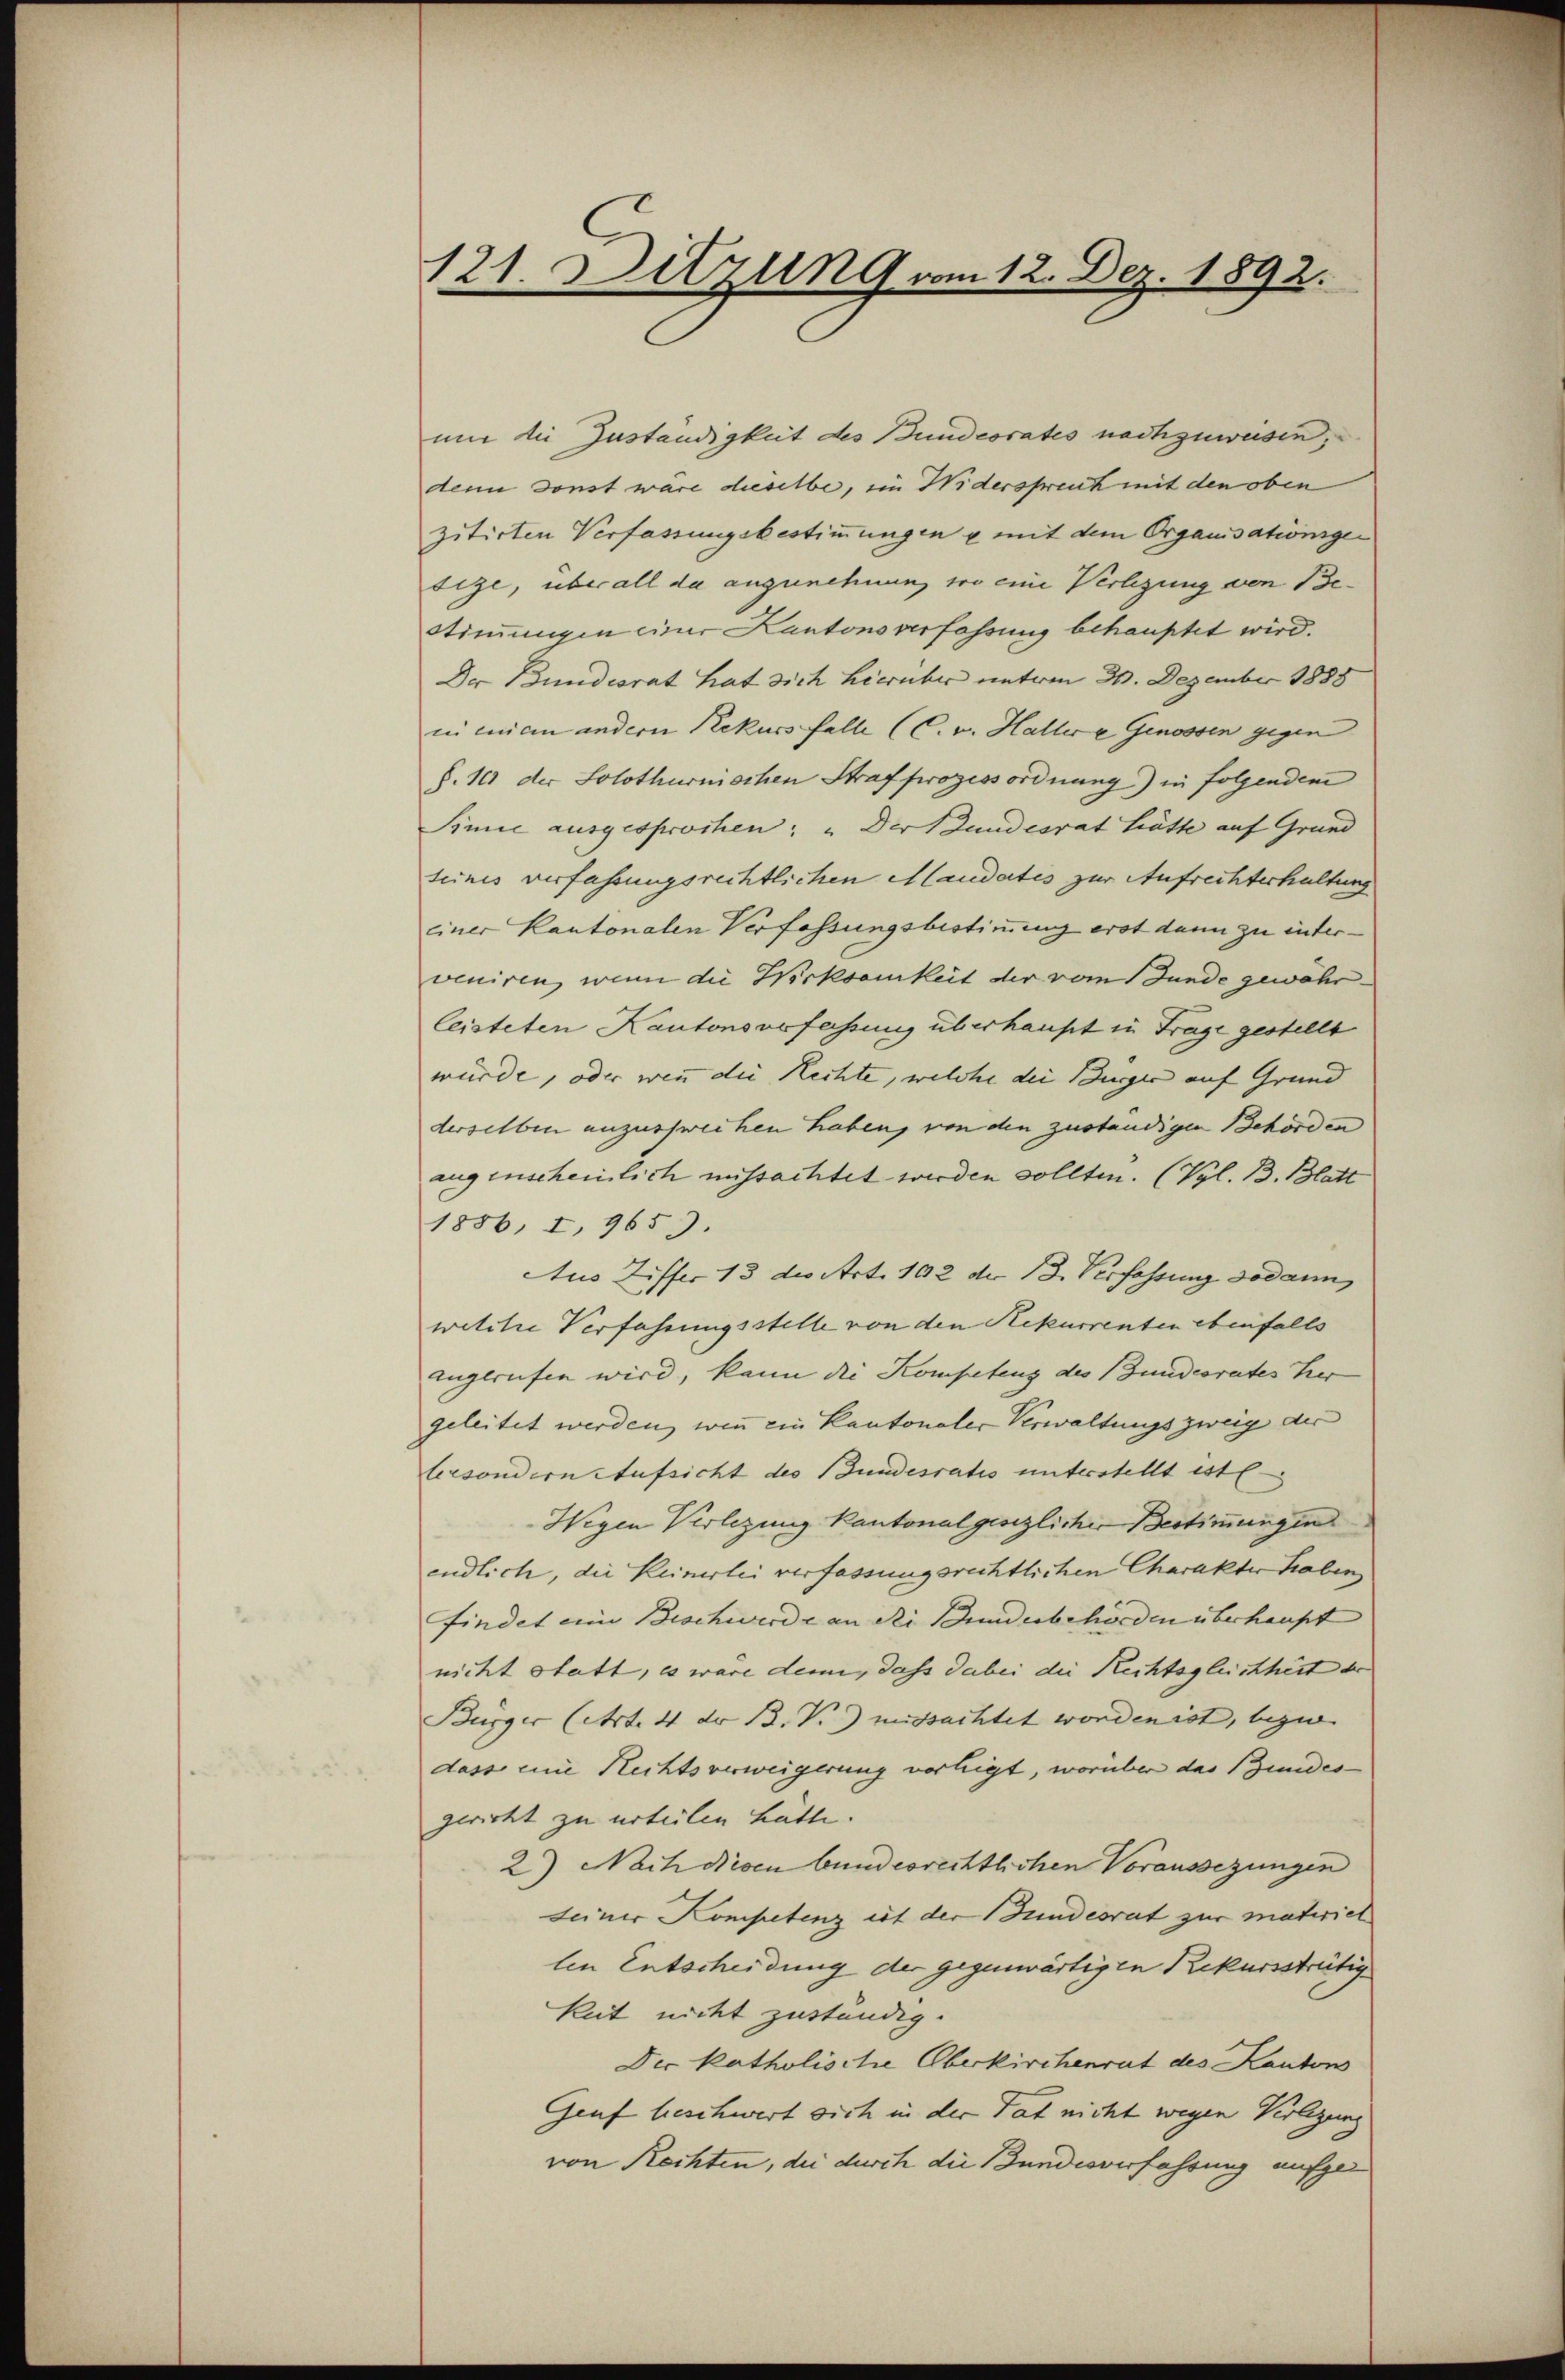
121. Ditzung vom 12. Dez. 1892.

mie die Zuständigkeit des Bundesrates nachzuweisen,
denn sonst wäre dieselbe, ein Widerspreut mit den oben
zitirten Verfassungsbestimmungen u mit dem Organisationsgen
tige, überall da anzunehmen, wo eine Verlegung von Be¬
Stimmungen einer Kantons verfassung behauptet wird.
Der Bundesrat hat sich hierüber unterm 30. Dezember 1888
in einem andern Rekurs falle (C. v. Hallere Genossen gegen
§. 10 der Solothurmschen Strafprozessordnung) in folgendem
Sinne ausgesprochen: „Der Stundesrat hätte auf Grund
seines verfassungsrechtlichen Mlaudertes zur Aufrechterhaltung
einer Kantonalen Verfassungsbestimmung erst dann zu interveniren, wenn die Wirksamkeit der vom 1 Funde gewährleisteten Kantonsverfassung überhaupt in Frage gestellt
würde, oder wenn die Rechte, welche der Bürger auf Grund
derselben anzuschweihen haben, von den zuständigen Behörden
augenscheinlich missachtet werden sollten. (Vgl. B. Blatt
1856, I, 9653.
Aus Ziffer 13 des Art. 102 do 13. Verfassung sodann
wilche Verfahrungsstelle von den Rekurrenten ebenfalls
augerufen wird, kann die Kompetenz des Bundesrates Her
geleitet werden, wenn ein Kantonaler Verwaltungszweig der
besondern Aufsicht des Bundesratis unterstellt ist l.
Wegen Verlegung kantonalgesezlicher Bestimmungen
endlich, die Keinerlei verfassungsrechtlichen Charakter haben
findet eine Beschwerde an die Bundesbehörden überhaupt
nicht statt, es wäre denn, dass dabei die Rechtsgleichheit der
Bürger (Art. 4 der B. P. missachtet worden ist, bezw. |
dass eine Rechtsverweigerung vorliegt, worüber das Bundes-
gericht zu urteilen hatte.
2) Nach diesen bundesrechtlichen Voraussezungen
seiner Kompetenz ist der Bundesrat zur materiet
len Entscheidung der gegenwärtigen Rekursstreitig
keit nicht zuständig.
Der katholische Oberkirchenrat des Kantons
Genf beschwert sich in der Tat nicht wegen Verlegung
von Rechten, die durch die Bundesverfahrung aufge¬